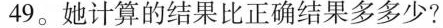
49。她计算的结果比正确结果多多少?